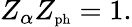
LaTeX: Z_{\alpha}Z_{\mathrm{\scriptsize{ph}}}=1.